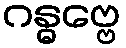
ဂန္ဓဗ္ဗေ